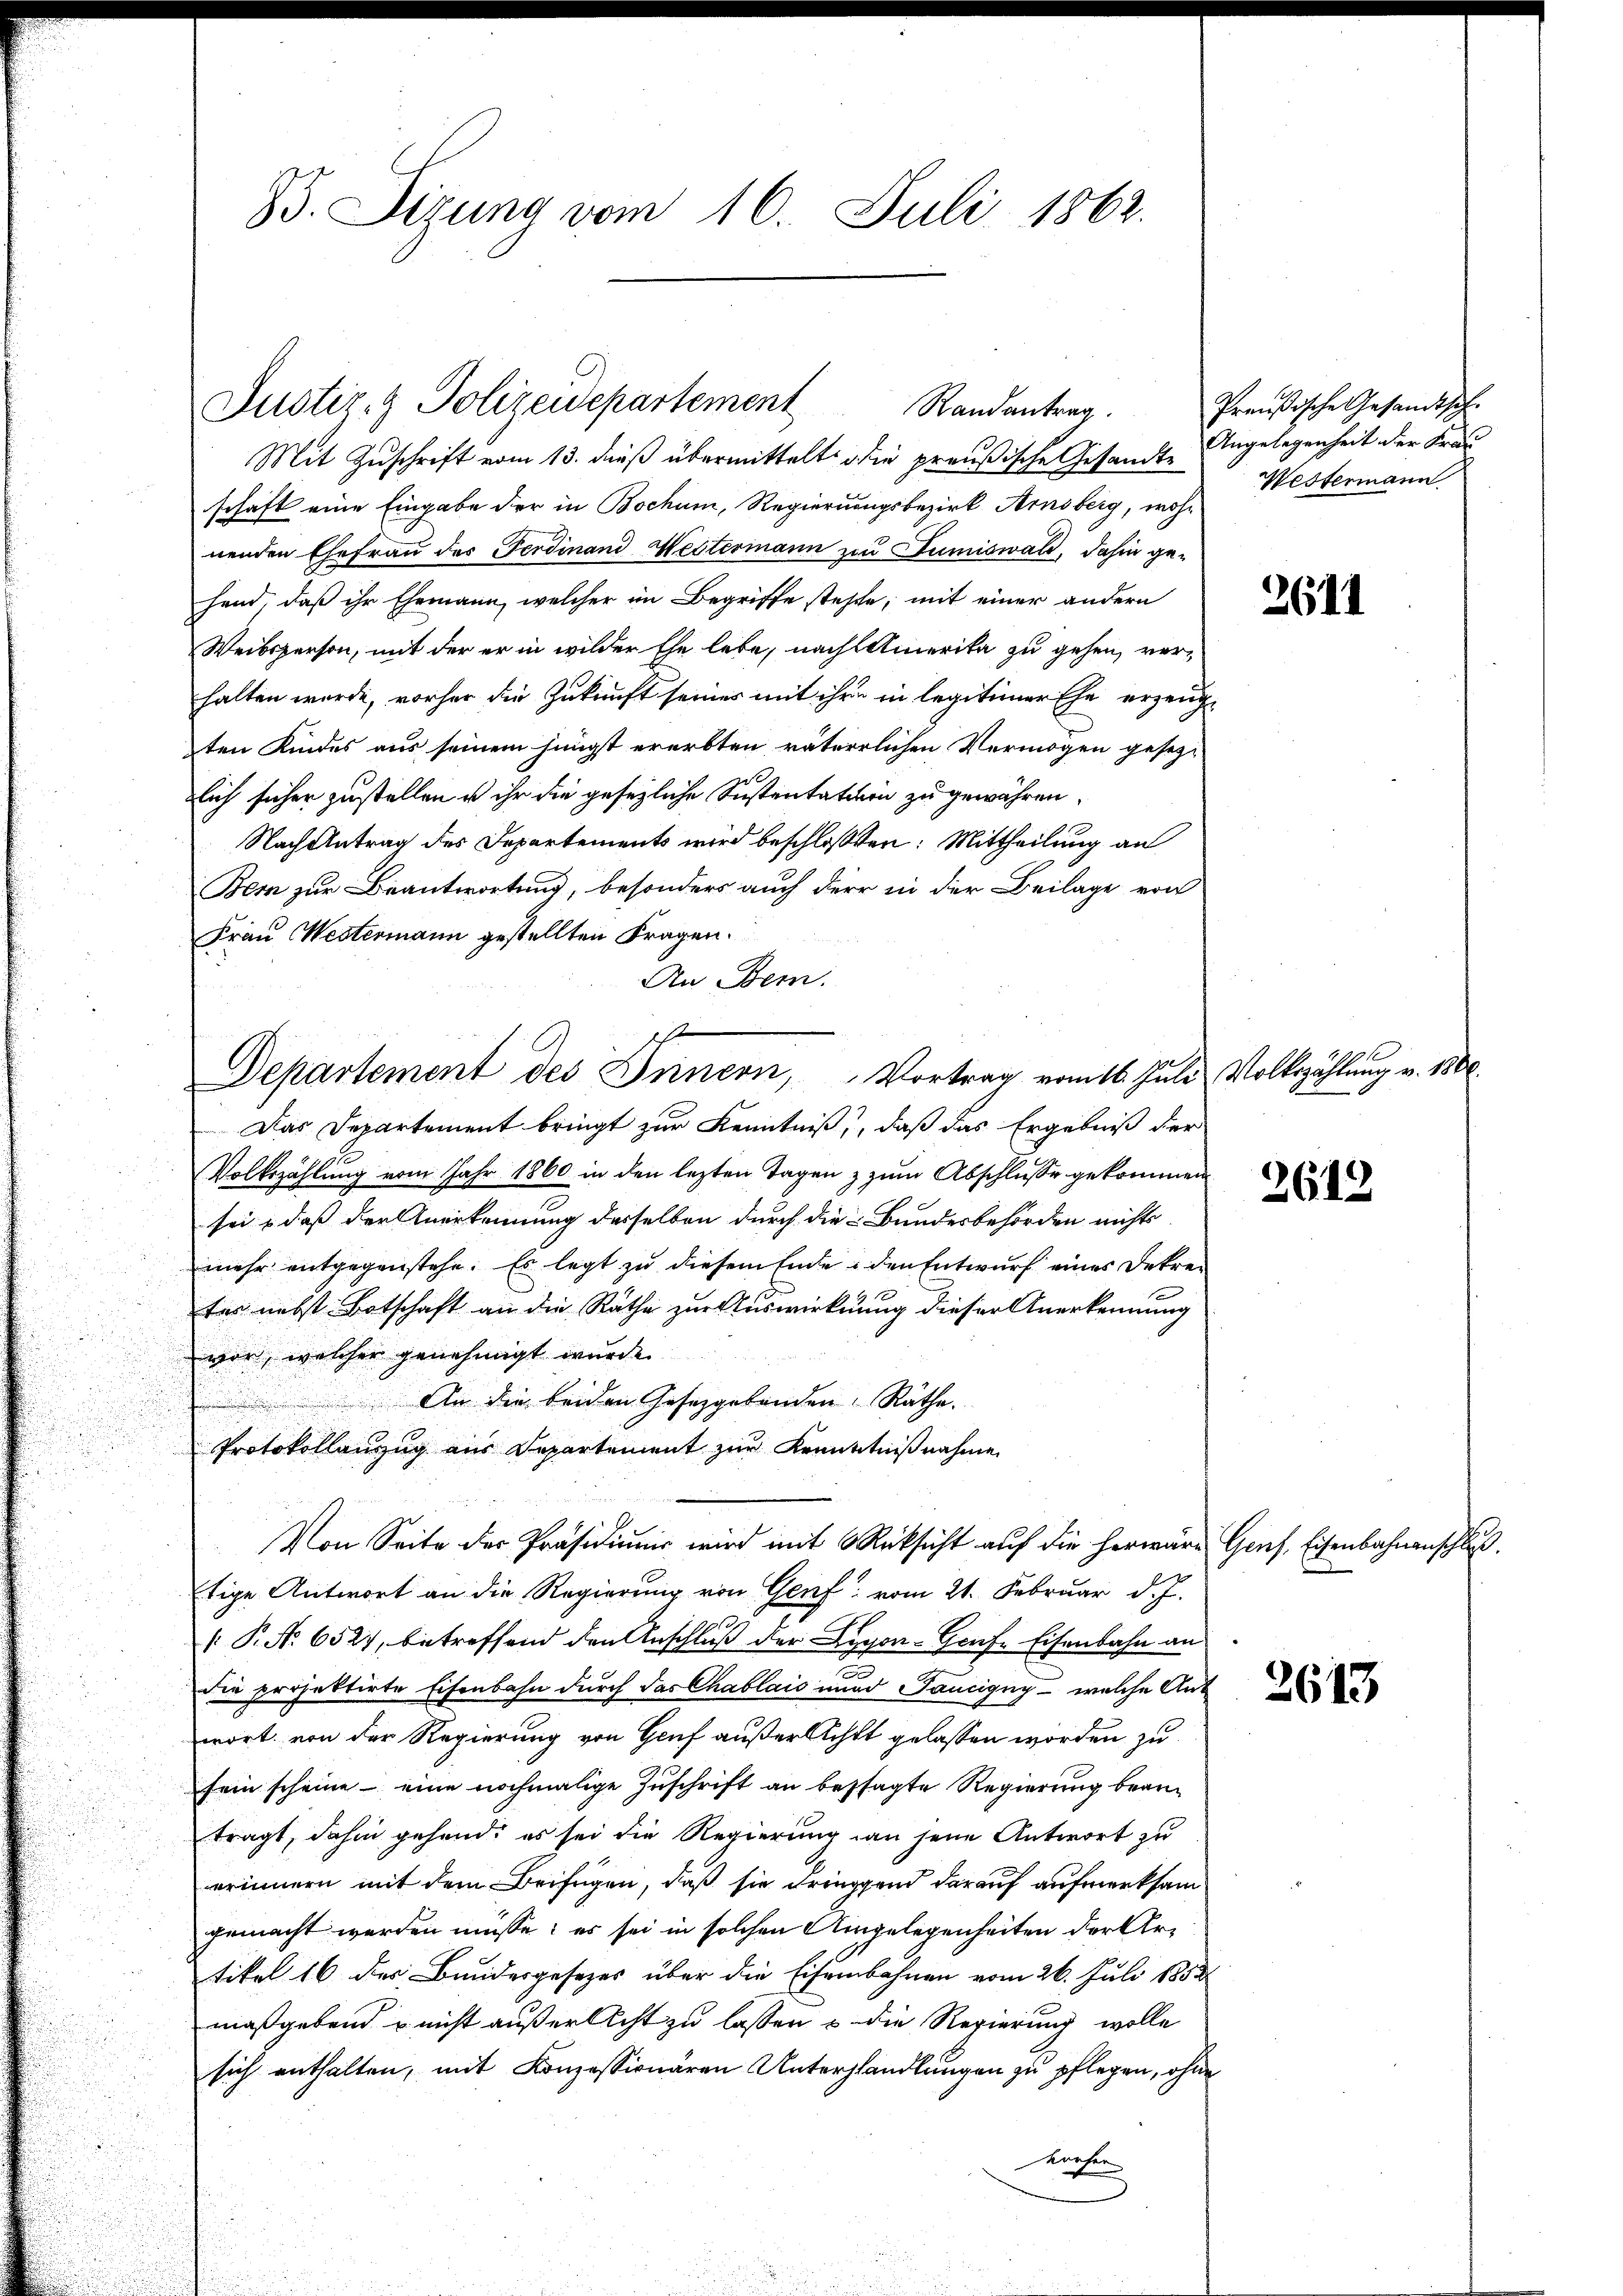
B. Sizung vom 16. Juli 1862.

Justiz- & Polizeidepartement
Randantrag.

Mit Zuschrift vom 13. dieß übermittelt die preußische Gesandte Angelegenheit der Fra
schaft eine Eingabe der in Bochum, Regierungsbezirk Arnsberg, woh-
nenden Ehefrau des Ferdinand Westermann zu Tumiswald, dahin gehand, daß ihr Ehemann, welcher im Begriffe stehte, mit einer andern
Weibsperson, mit der er in wilder Ehe lebe, nach Amerika zu gehen, verhalten wurde, vorher die Zukunft seines mit ihre in legitimer Ehe erzeugten Kindes aus seinem jüngst ererbten väterlichen Vermögen gesezlich sicher zustellen u ihr die gesezliche Sustentation zu gewähren.
Nach Antrag des Departements wird beschloßen: Mittheilung an
Bem zur Beantwortung, besonders auch der in der Beilage von
Frau Westermann gestellten Fragen.
An Bem
Das Departement bringt zur Kenntniß, daß das Ergebniß der
Volkszählung vom Jahr 1860 in den lezten Tagen z zum Abschlusse gekommen.
sei, daß der Anerkennung desselben durch die Bundesbehörden nichts
mehr entgegenstehe. Es legt zu diesem Ende, den Entwurf eines Dekreter nebst Botschaft an die Rathe zur Auswirkung dieser Anerkennung
wor, welcher genehmigt wurde.
An die beiden Gesetzgebenden Räthe.
Protokollanzug aus Departement zur Krenntnißnahme
Von Seite der Präsidiŭms wird mit Rücksicht aŭf die herwäre Genf, Eisenbahnenschluß
tige Antwort an die Regierung von Genf vom 21. Februar d. J.
 P. No 6527, betreffend den Anschluß der Lygon-Grafe Eisenbahn an
die projektirte Eisenbahn durch das Chablais und Taucigny welche Anwort von der Regierung von Genf außerlichtt gelassen worden zu
sein scheine - eine nochmalige Zuschrift an bestagte Regierung brautragt, dahin gehend, es sei die Regierung an jene Antwort zu
erinnern mit dem Beifügen, daß sie dringgend darauf aufmerksam
gemacht werden müsse; es sei in solchen Angelegenheiten der Artikel 16 des Bundesgesetzes über die Eisenbahnen vom 26. Juli 1852
maßgebend u nicht außerlicht zu lassen u. die Regierung wolle
sich enthalten, mit Konzessionären Untershandlungen zu pflegen, ohne
vorher

h
Departement des Brinern, Vortrag vom 16. Juli Volkszahlung v. 1800.

Preußische Gesandtsch.
Westermann

100 f

2611

2619.

2613